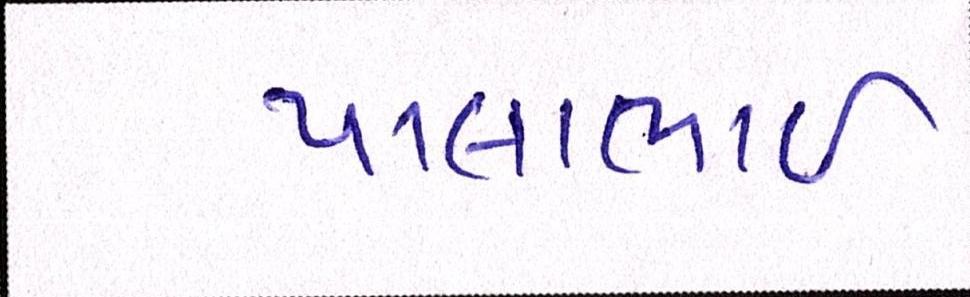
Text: પાલાભાઇ